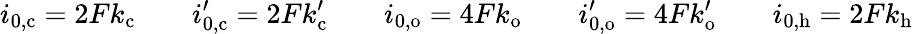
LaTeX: i_{0,\mathrm{c}}=2Fk_{\mathrm{c}}\qquad i_{0,\mathrm{c}}^{\prime}=2Fk_{\mathrm{c}}^{\prime}\qquad i_{0,\mathrm{o}}=4Fk_{\mathrm{o}}\qquad i_{0,\mathrm{o}}^{\prime}=4Fk_{\mathrm{o}}^{\prime}\qquad i_{0,\mathrm{h}}=2Fk_{\mathrm{h}}